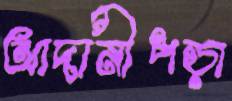
আদানীপড়া